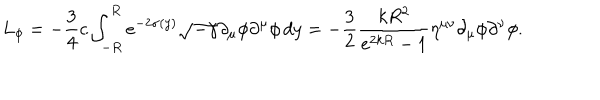
L _ { \phi } = - \frac { 3 } { 4 } c \int _ { - R } ^ { R } e ^ { - 2 \sigma ( y ) } \sqrt { - \gamma } \partial _ { \mu } \phi \partial ^ { \mu } \phi \, d y = - \frac { 3 } { 2 } \frac { k R ^ { 2 } } { e ^ { 2 k R } - 1 } \eta ^ { \mu \nu } \partial _ { \mu } \phi \partial ^ { \nu } \phi .